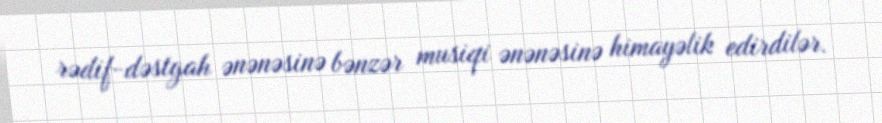
rədif-dəstgah ənənəsinə bənzər musiqi ənənəsinə himayəlik edirdilər.